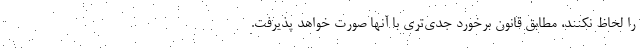
را لحاظ نکنند، مطابق قانون برخورد جدی‌تری با آنها صورت خواهد پذیرفت.